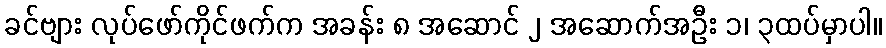
ခင်ဗျား လုပ်ဖော်ကိုင်ဖက်က အခန်း ၈ အဆောင် ၂ အဆောက်အဦး ၁၊ ၃ထပ်မှာပါ။